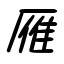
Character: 雁